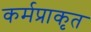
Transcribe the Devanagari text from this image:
कर्मप्राकृत